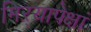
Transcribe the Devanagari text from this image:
मिऱ्यापेक्षां